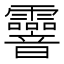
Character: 𩇄